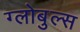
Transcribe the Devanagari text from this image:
ग्लोबुल्स